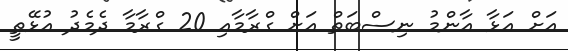
އަށް އަޅާ އާންމު ނިސްބަތް އަށް ގްރާމާއި 20 ގްރާމާ ދެމެދު އުޅޭތީ